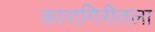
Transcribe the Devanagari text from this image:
कारागिरीतला